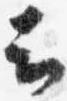
云